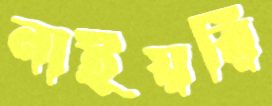
নাইয়রি